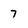
Character: 7